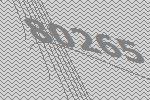
80265